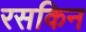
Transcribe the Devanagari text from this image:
रसकिन